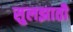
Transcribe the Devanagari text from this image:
सुलझाती